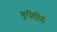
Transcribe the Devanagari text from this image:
युधिष्ठिरो